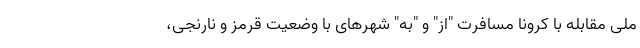
ملی مقابله با کرونا مسافرت "از" و "به" شهرهای با وضعیت قرمز و نارنجی،